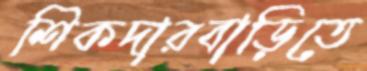
শিকদারবাড়িতে